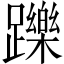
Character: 躒